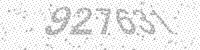
Solution: 927631